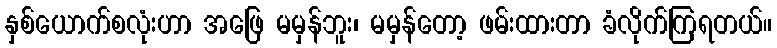
နှစ်ယောက်စလုံးဟာ အဖြေ မမှန်ဘူး၊ မမှန်တော့ ဖမ်းထားတာ ခံလိုက်ကြရတယ်။